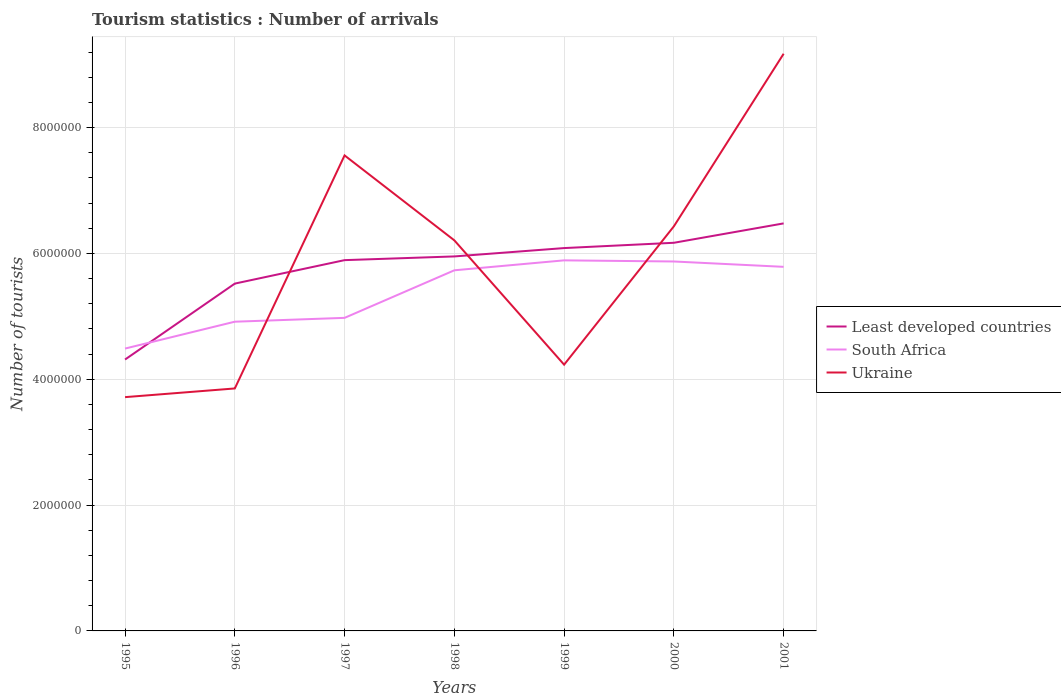
| Years | Least developed countries | South Africa | Ukraine |
 | --- | --- | --- | --- |
 | 1995 | 4.31e+06 | 4.49e+06 | 3.72e+06 |
 | 1996 | 5.52e+06 | 4.92e+06 | 3.85e+06 |
 | 1997 | 5.89e+06 | 4.98e+06 | 7.56e+06 |
 | 1998 | 5.95e+06 | 5.73e+06 | 6.21e+06 |
 | 1999 | 6.09e+06 | 5.89e+06 | 4.23e+06 |
 | 2000 | 6.17e+06 | 5.87e+06 | 6.43e+06 |
 | 2001 | 6.48e+06 | 5.79e+06 | 9.17e+06 |